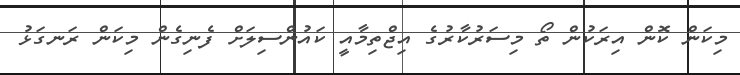
މިކަން ކޮން އިރަކުން ތޯ މިސަރުކާރުގެ އިޖްތިމާއީ ކައުންސިލަށް ފެނިގެން މިކަން ރަނގަޅު